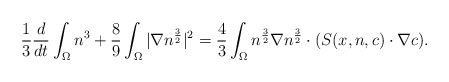
\begin{align*}\frac{1}{3}\frac{d}{dt}\int_{\Omega}n^{3}+\frac{8}{9}\int_{\Omega} |\nabla n^{\frac{3}{2}} |^{2}=\frac{4}{3}\int_{\Omega}n^{\frac{3}{2}}\nabla n^{\frac{3}{2}} \cdot( S(x,n,c) \cdot \nabla c ).\end{align*}